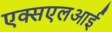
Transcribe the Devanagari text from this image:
एक्सएलआई